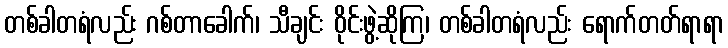
တစ်ခါတရံလည်း ဂစ်တာခေါက်၊ သီချင်း ဝိုင်းဖွဲ့ဆိုကြ၊ တစ်ခါတရံလည်း ရောက်တတ်ရာရာ